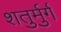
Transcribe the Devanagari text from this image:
शतुर्मुर्ग